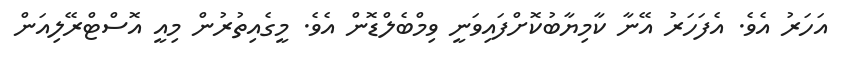
އަހަރު އެވެ. އެފަހަރު އޭނާ ކާމިޔާބުކޮށްފައިވަނީ ވިމްބެލްޑޮން އެވެ. މީގެއިތުރުން މިއީ އޮސްޓްރޭލިއަން